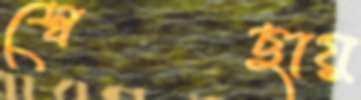
স্বেছায়